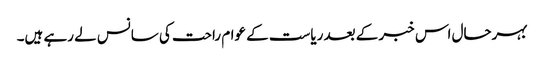
بہرحال اس خبر کے بعد ریاست کے عوام راحت کی سانس لے رہے ہیں۔